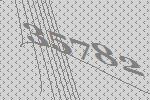
35782